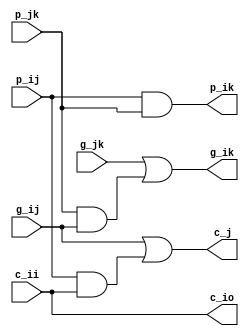
`timescale 1ns / 1ps
//////////////////////////////////////////////////////////////////////////////////
// Company: 
// Engineer: 
// 
// Design Name: 
// Module Name: cell_b
// Project Name: 
// Target Devices: 
// Tool Versions: 
// Description: 
// 
// Dependencies: 
// 
// Revision:
// Revision 0.01 - File Created
// Additional Comments:
// 
//////////////////////////////////////////////////////////////////////////////////


module cell_b(
    input g_jk,
    input p_jk,
    input g_ij,
    input p_ij,
    input c_ii,
    output c_j,
    output c_io,
    output p_ik,
    output g_ik
    );
    
    assign p_ik = p_ij & p_jk;
    assign g_ik = g_jk | (p_jk & g_ij);
    assign c_io = c_ii;
    assign c_j = g_ij | (p_ij & c_ii);
endmodule